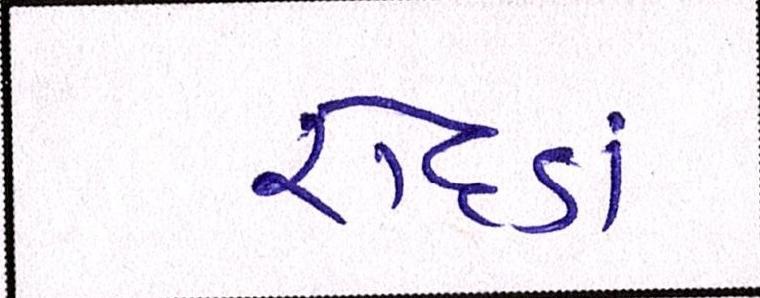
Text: રોદડાં